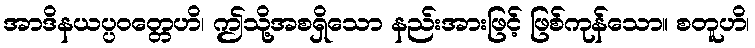
အာဒိနယပ္ပဝတ္တေဟိ၊ ဤသို့အစရှိသော နည်းအားဖြင့် ဖြစ်ကုန်သော။ စတူဟိ၊